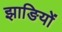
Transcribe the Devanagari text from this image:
झाङियों